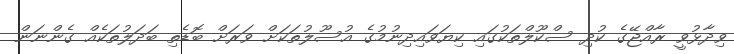
ވިދާޅުވީ ރާއްޖޭގެ ކުދި ސްކޫލްތަކުގައި ކިޔަވައިދިނުމުގެ އުސޫލުތަކަށް ވަރަށް ބޮޑެތި ބަދަލުތަކެއް ގެންނަން